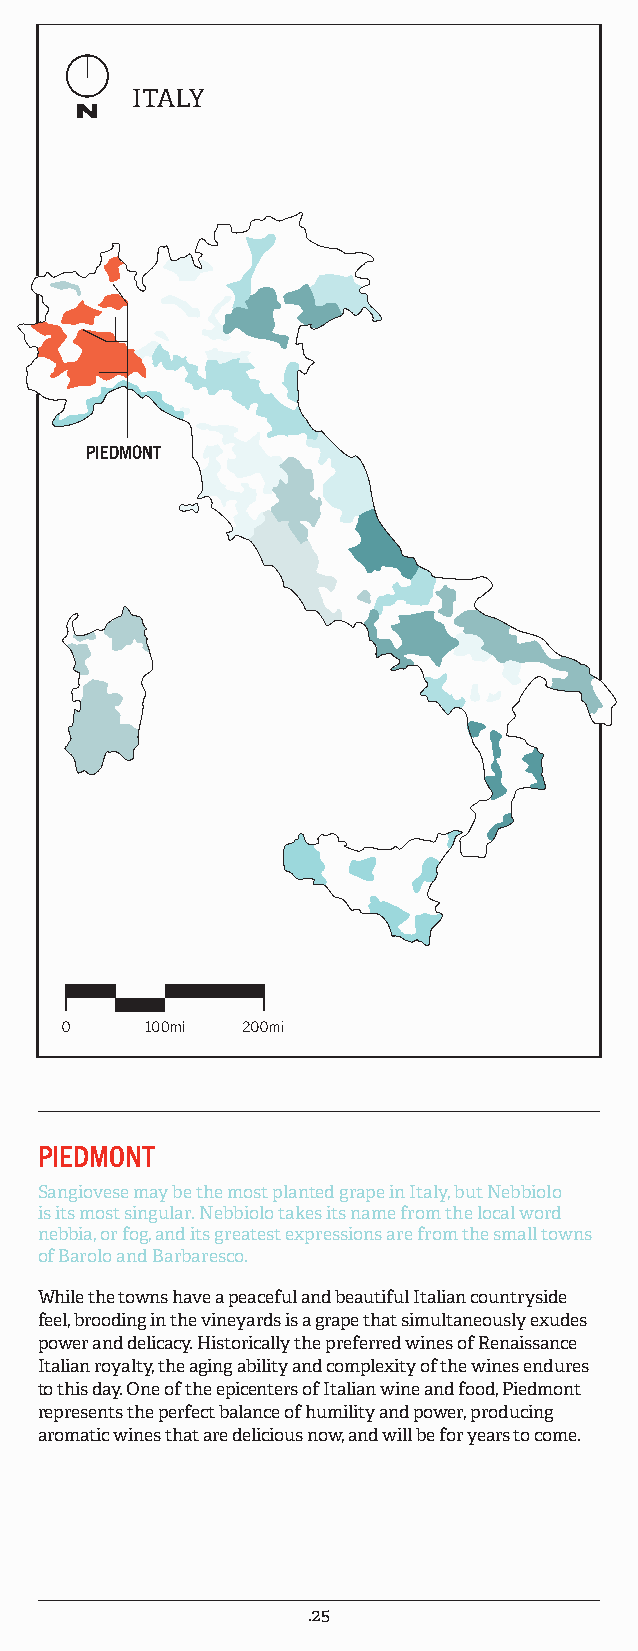
ITALY
 PIEDMONT
 PIEDMONT
 Sangiovese may be the most planted grape in Italy, but Nebbiolo
 is its most singular. Nebbiolo takes its name from the local word
 nebbia, or fog, and its greatest expressions are from the small towns
 of Barolo and Barbaresco.
 While the towns have a peaceful and beautiful Italian countryside
 feel, brooding in the vineyards is a grape that simultaneously exudes
 power and delicacy. Historically the preferred wines of Renaissance
 Italian royalty, the aging ability and complexity of the wines endures
 to this day. One of the epicenters of Italian wine and food, Piedmont
 represents the perfect balance of humility and power, producing
 aromatic wines that are delicious now, and will be for years to come.
 .25